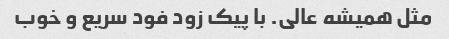
مثل همیشه عالی. با پیک زود فود سریع و خوب